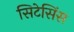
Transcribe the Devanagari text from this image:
सिटेसिंस